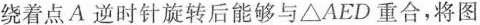
绕着点A逆时针旋转后能够与△AED重合，将图